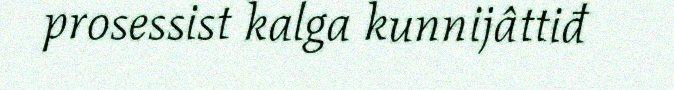
prosessist kalga kunnijâttiđ